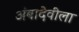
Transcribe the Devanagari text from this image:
अंबादेवीला